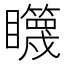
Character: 𰦋